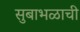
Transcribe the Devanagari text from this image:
सुबाभळाची